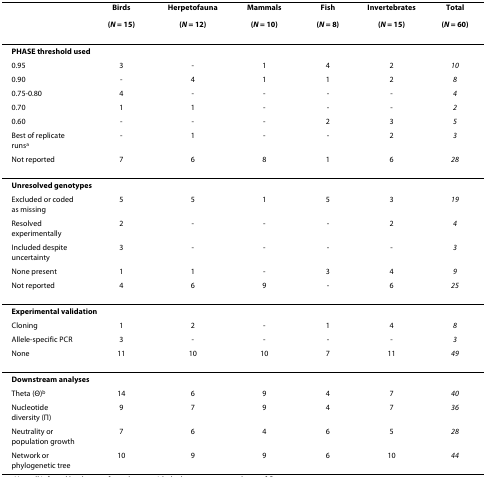
<table><thead><tr><td></td><td><b>Birds</b></td><td><b>Herpetofauna</b></td><td><b>Mammals</b></td><td><b>Fish</b></td><td><b>Invertebrates</b></td><td><b>Total</b></td></tr><tr><td></td><td><b>(<i>N </i>= 15)</b></td><td><b>(<i>N </i>= 12)</b></td><td><b>(<i>N </i>= 10)</b></td><td><b>(<i>N </i>= 8)</b></td><td><b>(<i>N </i>= 15)</b></td><td><b>(<i>N </i>= 60)</b></td></tr></thead><tbody><tr><td colspan="7"><b>PHASE threshold used</b></td></tr><tr><td>0.95</td><td>3</td><td>-</td><td>1</td><td>4</td><td>2</td><td><i>10</i></td></tr><tr><td>0.90</td><td>-</td><td>4</td><td>1</td><td>1</td><td>2</td><td><i>8</i></td></tr><tr><td>0.75-0.80</td><td>4</td><td>-</td><td>-</td><td>-</td><td>-</td><td><i>4</i></td></tr><tr><td>0.70</td><td>1</td><td>1</td><td>-</td><td>-</td><td>-</td><td><i>2</i></td></tr><tr><td>0.60</td><td>-</td><td>-</td><td>-</td><td>2</td><td>3</td><td><i>5</i></td></tr><tr><td>Best of replicate runs<sup>a</sup></td><td>-</td><td>1</td><td>-</td><td>-</td><td>2</td><td><i>3</i></td></tr><tr><td>Not reported</td><td>7</td><td>6</td><td>8</td><td>1</td><td>6</td><td><i>28</i></td></tr><tr><td colspan="7"><b>Unresolved genotypes</b></td></tr><tr><td>Excluded or coded as missing</td><td>5</td><td>5</td><td>1</td><td>5</td><td>3</td><td><i>19</i></td></tr><tr><td>Resolved experimentally</td><td>2</td><td>-</td><td>-</td><td>-</td><td>2</td><td><i>4</i></td></tr><tr><td>Included despite uncertainty</td><td>3</td><td>-</td><td>-</td><td>-</td><td>-</td><td><i>3</i></td></tr><tr><td>None present</td><td>1</td><td>1</td><td>-</td><td>3</td><td>4</td><td><i>9</i></td></tr><tr><td>Not reported</td><td>4</td><td>6</td><td>9</td><td>-</td><td>6</td><td><i>25</i></td></tr><tr><td colspan="7"><b>Experimental validation</b></td></tr><tr><td>Cloning</td><td>1</td><td>2</td><td>-</td><td>1</td><td>4</td><td><i>8</i></td></tr><tr><td>Allele-specific PCR</td><td>3</td><td>-</td><td>-</td><td>-</td><td>-</td><td><i>3</i></td></tr><tr><td>None</td><td>11</td><td>10</td><td>10</td><td>7</td><td>11</td><td><i>49</i></td></tr><tr><td colspan="7"><b>Downstream analyses</b></td></tr><tr><td>Theta (Θ)<sup>b</sup></td><td>14</td><td>6</td><td>9</td><td>4</td><td>7</td><td><i>40</i></td></tr><tr><td>Nucleotide diversity (Π)</td><td>9</td><td>7</td><td>9</td><td>4</td><td>7</td><td><i>36</i></td></tr><tr><td>Neutrality or population growth</td><td>7</td><td>6</td><td>4</td><td>6</td><td>5</td><td><i>28</i></td></tr><tr><td>Network or phylogenetic tree</td><td>10</td><td>9</td><td>9</td><td>6</td><td>10</td><td><i>44</i></td></tr></tbody></table>